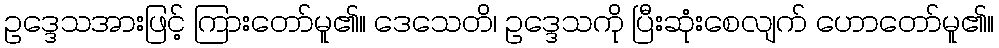
ဥဒ္ဒေသအားဖြင့် ကြားတော်မူ၏။ ဒေသေတိ၊ ဥဒ္ဒေသကို ပြီးဆုံးစေလျက် ဟောတော်မူ၏။